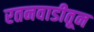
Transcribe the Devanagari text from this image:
रतनवाडीतून